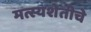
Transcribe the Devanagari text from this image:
मत्स्यशेतीचे